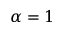
\alpha = 1